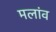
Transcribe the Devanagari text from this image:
मलांव